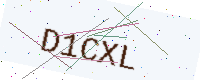
Text: D1CXL